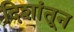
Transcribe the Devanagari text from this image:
दिशांतून